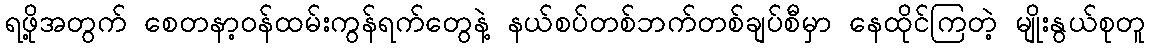
ရဖို့အတွက် စေတနာ့ဝန်ထမ်းကွန်ရက်တွေနဲ့ နယ်စပ်တစ်ဘက်တစ်ချပ်စီမှာ နေထိုင်ကြတဲ့ မျိုးနွယ်စုတူ